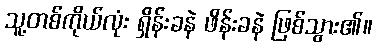
သူ့တစ်ကိုယ်လုံး ရှိန်းခနဲ ဖိန်းခနဲ ဖြစ်သွား၏။